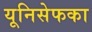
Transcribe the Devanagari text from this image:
यूनिसेफका